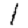
Digit: 1